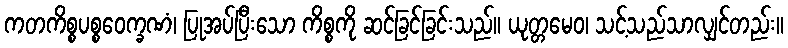
ကတကိစ္စပစ္စဝေက္ခဏံ၊ ပြုအပ်ပြီးသော ကိစ္စကို ဆင်ခြင်ခြင်းသည်။ ယုတ္တမေဝ၊ သင့်သည်သာလျှင်တည်း။